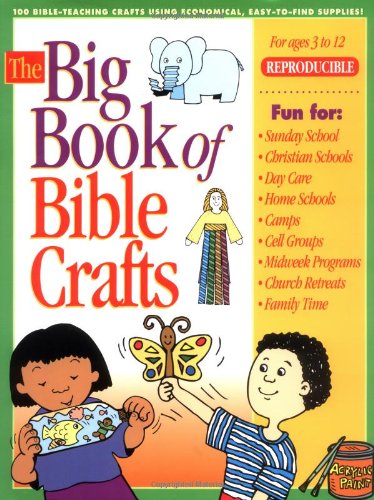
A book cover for Big Book of Bible Crafts: Crafts for kids ages 3EE12; over 100 crafts; for church school, camp, midweek; economical, with easy-to-find supplies (Big Books); Gospel Light; Crafts, Hobbies & Home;